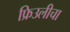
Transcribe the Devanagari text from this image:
फ्रिउलीचा